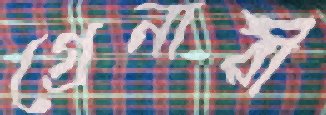
গ্রেনারী